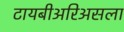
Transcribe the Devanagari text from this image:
टायबीअरिअसला